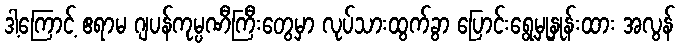
ဒါ့ကြောင့် ဧရာမ ဂျပန်ကုမ္ပဏီကြီးတွေမှာ လုပ်သားထွက်ခွာ ပြောင်းရွေ့မှုနှုန်းထား အလွန်